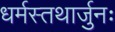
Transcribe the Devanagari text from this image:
धर्मस्तथार्जुनः